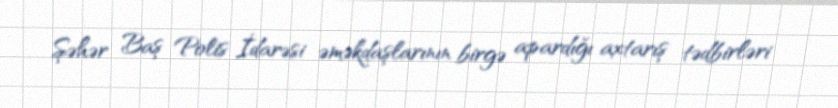
Şəhər Baş Polis İdarəsi əməkdaşlarının birgə apardığı axtarış tədbirləri